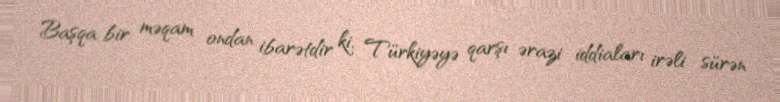
Başqa bir məqam ondan ibarətdir ki, Türkiyəyə qarşı ərazi iddiaları irəli sürən